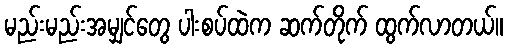
မည်းမည်းအမျှင်တွေ ပါးစပ်ထဲက ဆက်တိုက် ထွက်လာတယ်။